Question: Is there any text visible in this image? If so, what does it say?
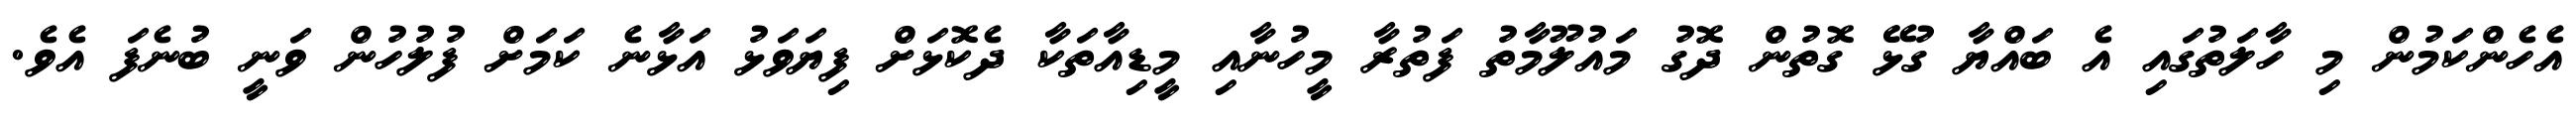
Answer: އެހެންކަމުން މި ހާލަތުގައި އެ ބައްޔާ ގުޅޭ ގޮތުން ދޮގު މައުލޫމާތު ފަތުރާ މީހުނާއި މީޑިއާތަކާ ދެކޮޅަށް ފިޔަވަޅު އަޅާނެ ކަމަށް ފުލުހުން ވަނީ ބުނެފަ އެވެ.